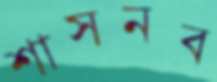
শাসনব